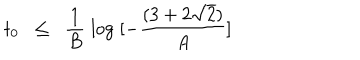
LaTeX: t _ { 0 } \; \; \leq \; \; \frac { 1 } { B } \; \log \; [ - \frac { ( 3 + 2 \sqrt { 2 } ) } { A } ]